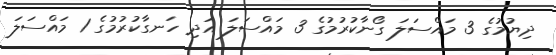
ދިޔުމުގެ 3 މައްސަލަ ގޯނާކުރުމުގެ 3 މައްސަލަ އަދި ހަނގާކުރުމުގެ 1 މައްސަލަ